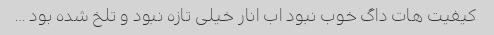
کیفیت هات داگ خوب نبود اب انار خیلی تازه نبود و تلخ شده بود …